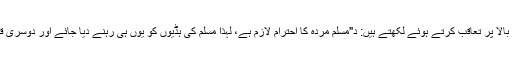
ابوسعید شرف الدین دہلوی غیر مقلد حوالۂ بالا پر تعاقب کرتے ہوئے لکھتے ہیں: د"مسلم مردہ کا احترام لازم ہے، لہٰذا مسلم کی ہڈیوں کو یوں ہی رہنے دیا جائے اور دوسری قبر بناکر دوسرے مردے کو دفن کردیںد"۔